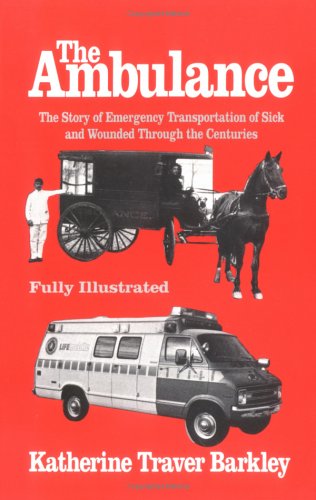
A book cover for The Ambulance; Katherine Traver Barkley; Medical Books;